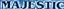
MAJESTIC